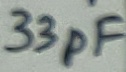
Text: 33pF